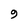
Character: 9